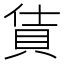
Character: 𫎔